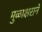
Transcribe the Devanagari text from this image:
मुळाक्षराने